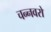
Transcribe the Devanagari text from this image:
चन्नवरो